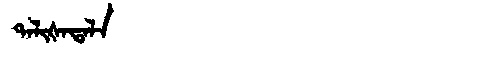
Manchu: ᡨᠠᠯᡳᡧᠠᡨᠠᠯᠠ
Romanization: TALIŠATALA